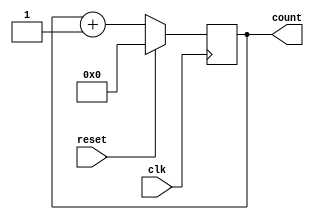
module upcount(clk,reset,count);
   parameter N=7;
   input reset,clk;
   output [N:0]count;
   reg [N:0]count;
   
    
     
   always@(posedge clk)
    begin
     
     if (reset)
       count <= 0;
     else
       count <= count + 1;
       
    end
 
 endmodule